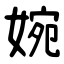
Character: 婉